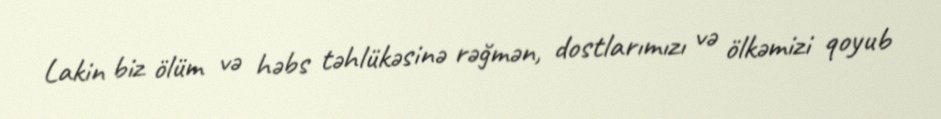
Lakin biz ölüm və həbs təhlükəsinə rəğmən, dostlarımızı və ölkəmizi qoyub